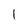
Character: l